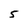
Character: 5